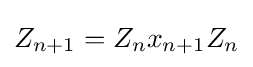
Z_{n+1}=Z_{n}x_{n+1}Z_{n}